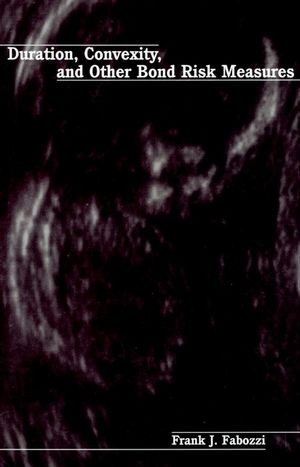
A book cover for Duration, Convexity, and Other Bond Risk Measures; Frank J. Fabozzi; Business & Money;